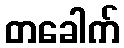
တခေါက်